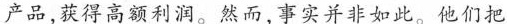
产品，获得高额利润。然而，事实并非如此。他们把